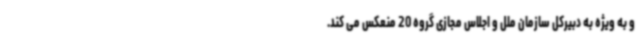
و به ویژه به دبیرکل سازمان ملل و اجلاس مجازی گروه 20 منعکس می کند.